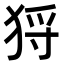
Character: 𤞙